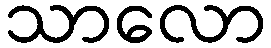
သာလော